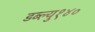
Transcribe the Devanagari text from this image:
डब्ल्यु१४०